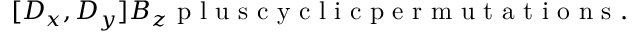
[ D _ { x } , D _ { y } ] B _ { z } \mathrm { ~ p ~ l ~ u ~ s ~ c ~ y ~ c ~ l ~ i ~ c ~ p ~ e ~ r ~ m ~ u ~ t ~ a ~ t ~ i ~ o ~ n ~ s ~ . ~ }